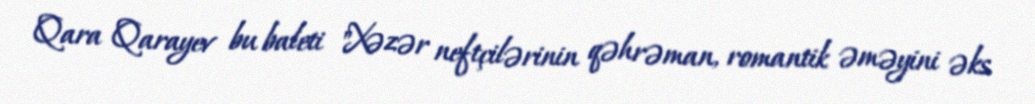
Qara Qarayev bu baleti "Xəzər neftçilərinin qəhrəman, romantik əməyini əks